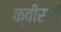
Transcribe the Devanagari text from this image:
क्वींसमें